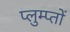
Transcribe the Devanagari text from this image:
प्लुम्प्तों